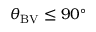
\theta _ { \mathrm { B V } } \leq 9 0 ^ { \circ }